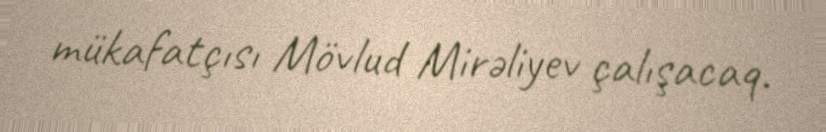
mükafatçısı Mövlud Mirəliyev çalışacaq.